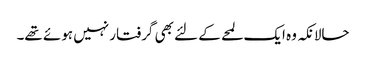
حالانکہ وہ ایک لمحے کے لئے بھی گرفتار نہیں ہوئے تھے۔